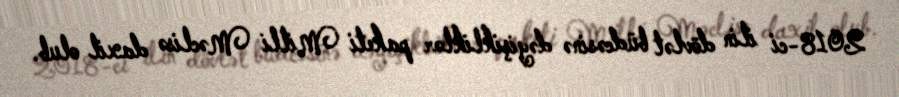
2018-ci ilin dövlət büdcəsinə dəyişikliklər paketi Milli Məclisə daxil olub.